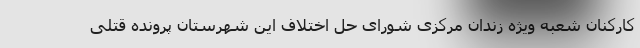
کارکنان شعبه ویژه زندان مرکزی شورای حل اختلاف این شهرستان پرونده قتلی